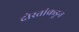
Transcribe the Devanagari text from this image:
दोस्तांकडून